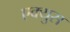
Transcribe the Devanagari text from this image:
एक्युस